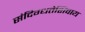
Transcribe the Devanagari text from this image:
संदिग्धतेशिवाय